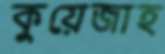
কুয়েজাহ